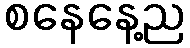
စနေနေ့ည